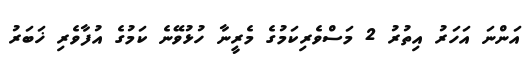
އަންނަ އަހަރު އިތުރު 2 މަސްވެރިކަމުގެ މެރީނާ ހުޅުވޭނެ ކަމުގެ އުފާވެރި ޚަބަރު